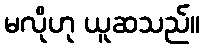
မလိုဟု ယူဆသည်။